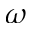
\omega